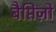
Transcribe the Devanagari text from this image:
बैप्तिज़ो